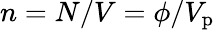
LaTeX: n=N/V=\phi/V_{\mathrm{p}}